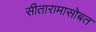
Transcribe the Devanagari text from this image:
सीतारामासोबत